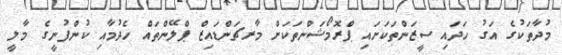
މުދާތަކުގެ އަގު ހަދައި ސީޒަންތަކަށައި ޕްރޮމޯޝަންތަކަށް މާރޗަންޑައިޒް ޕްލޭންތައް ހެދުމާއި ކުންފުނީގެ މާލީ